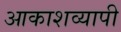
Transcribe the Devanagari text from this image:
आकाशव्यापी